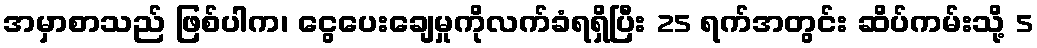
အမှာစာသည် ဖြစ်ပါက၊ ငွေပေးချေမှုကိုလက်ခံရရှိပြီး 25 ရက်အတွင်း ဆိပ်ကမ်းသို့ 5